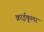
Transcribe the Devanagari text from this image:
क्राईकूलर